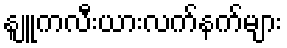
နျူကလီးယားလက်နက်များ